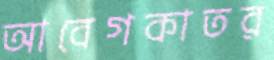
আবেগকাতর